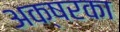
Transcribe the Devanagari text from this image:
अक्षरका